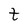
Character: t